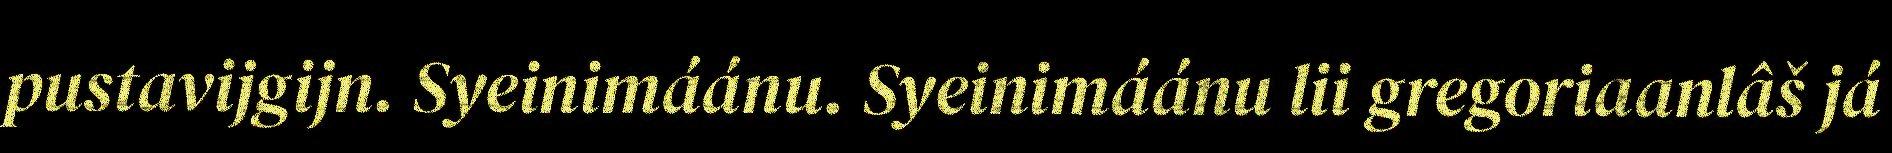
pustavijgijn. Syeinimáánu. Syeinimáánu lii gregoriaanlâš já